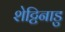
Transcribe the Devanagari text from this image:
शेट्टिनाडु